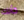
كأنك